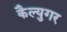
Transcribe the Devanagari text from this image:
कैल्युगर